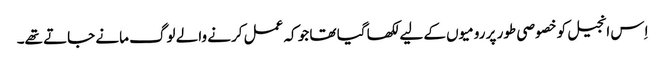
اِس انجیل کو خصوصی طور پر رومیوں کے لیے لکھا گیا تھا جو کہ عمل کرنے والے لوگ مانے جاتے تھے۔